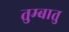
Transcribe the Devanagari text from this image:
तुम्बातु